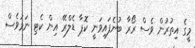
މީގެ އިތުރުން ވެސް ރޯރާ ބުނެފައިވަނީ ކޮޕާ ޑެލްރޭ އިން ކެޓި ނަމަވެސް